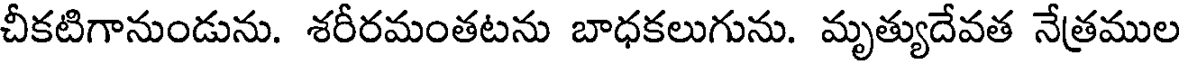
చీకటిగానుండును. శరీరమంతటను బాధకలుగును. మృత్యుదేవత నేత్రముల